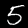
Label: 5